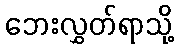
ဘေးလွှတ်ရာသို့